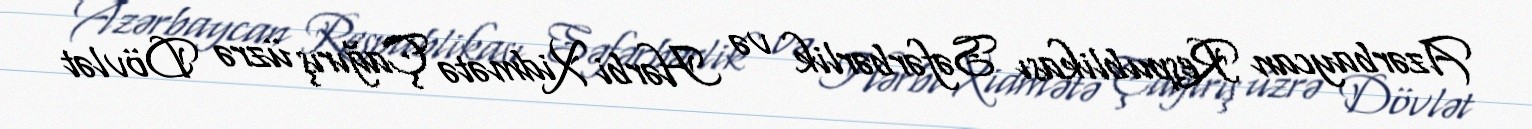
Azərbaycan Respublikası Səfərbərlik və Hərbi Xidmətə Çağırış üzrə Dövlət